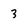
Character: 3